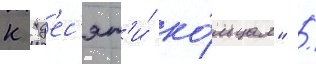
к "д'ес'ят'и́ ко́льцам" /